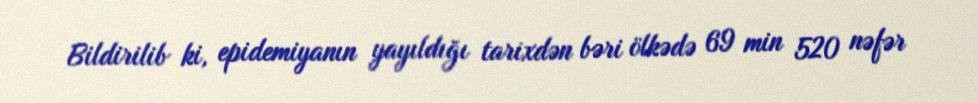
Bildirilib ki, epidemiyanın yayıldığı tarixdən bəri ölkədə 69 min 520 nəfər